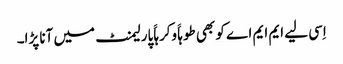
اِسی لیے ایم ایم اے کو بھی طوہاََ وکرہاََ پارلیمنٹ میں آنا پڑا۔